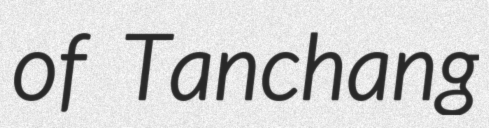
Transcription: of Tanchang